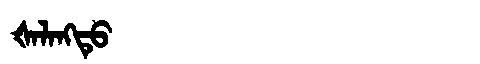
Manchu: ᡧᠠᠯᠠᠩᡨᡠ
Romanization: ŠALANGTU